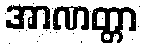
အာဏတ္တာ